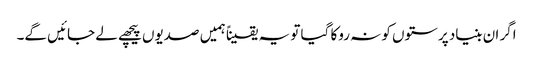
اگر ان بنیاد پرستوں کو نہ روکا گیا تو یہ یقیناً ہمیں صدیوں پیچھے لے جائیں گے۔